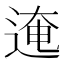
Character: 𰺾